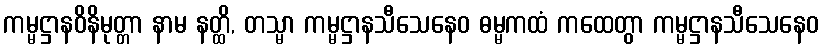
ကမ္မဋ္ဌာနဝိနိမုတ္တာ နာမ နတ္ထိ, တသ္မာ ကမ္မဋ္ဌာနသီသေနေဝ ဓမ္မကထံ ကထေတွာ ကမ္မဋ္ဌာနသီသေနေဝ